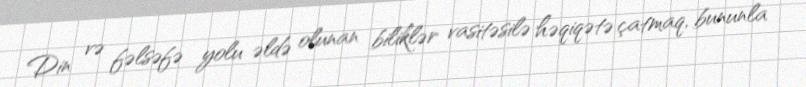
Din və fəlsəfə yolu əldə olunan biliklər vasitəsilə həqiqətə çatmaq, bununla